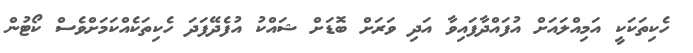
ހެކިތަކަކީ އަމިއްލައަށް އުފައްދާފައިވާ އަދި ވަރަށް ބޮޑަށް ޝައްކު އުފެދޭފަދަ ހެކިތަކެއްކަމަށްވެސް ކޯޓުން